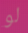
لو